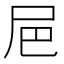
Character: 㞎